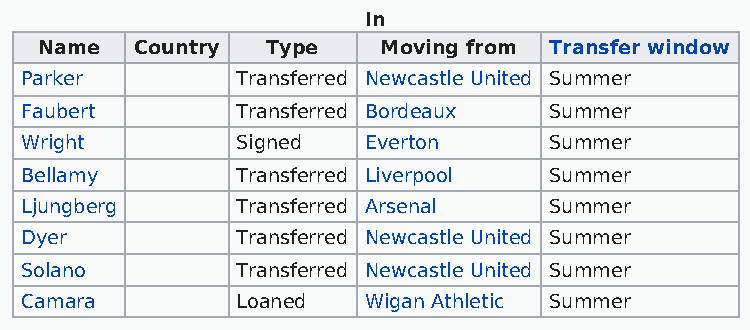
In
 Name  Country  Type   Moving from Transfer window
 Parker         Transferred Newcastle United Summer
 Faubert        Transferred Bordeaux Summer
 Wright         Signed  Everton     Summer
 Bellamy        Transferred Liverpool Summer
 Ljungberg      Transferred Arsenal Summer
 Dyer           Transferred Newcastle United Summer
 Solano         Transferred Newcastle United Summer
 Camara         Loaned  Wigan Athletic Summer